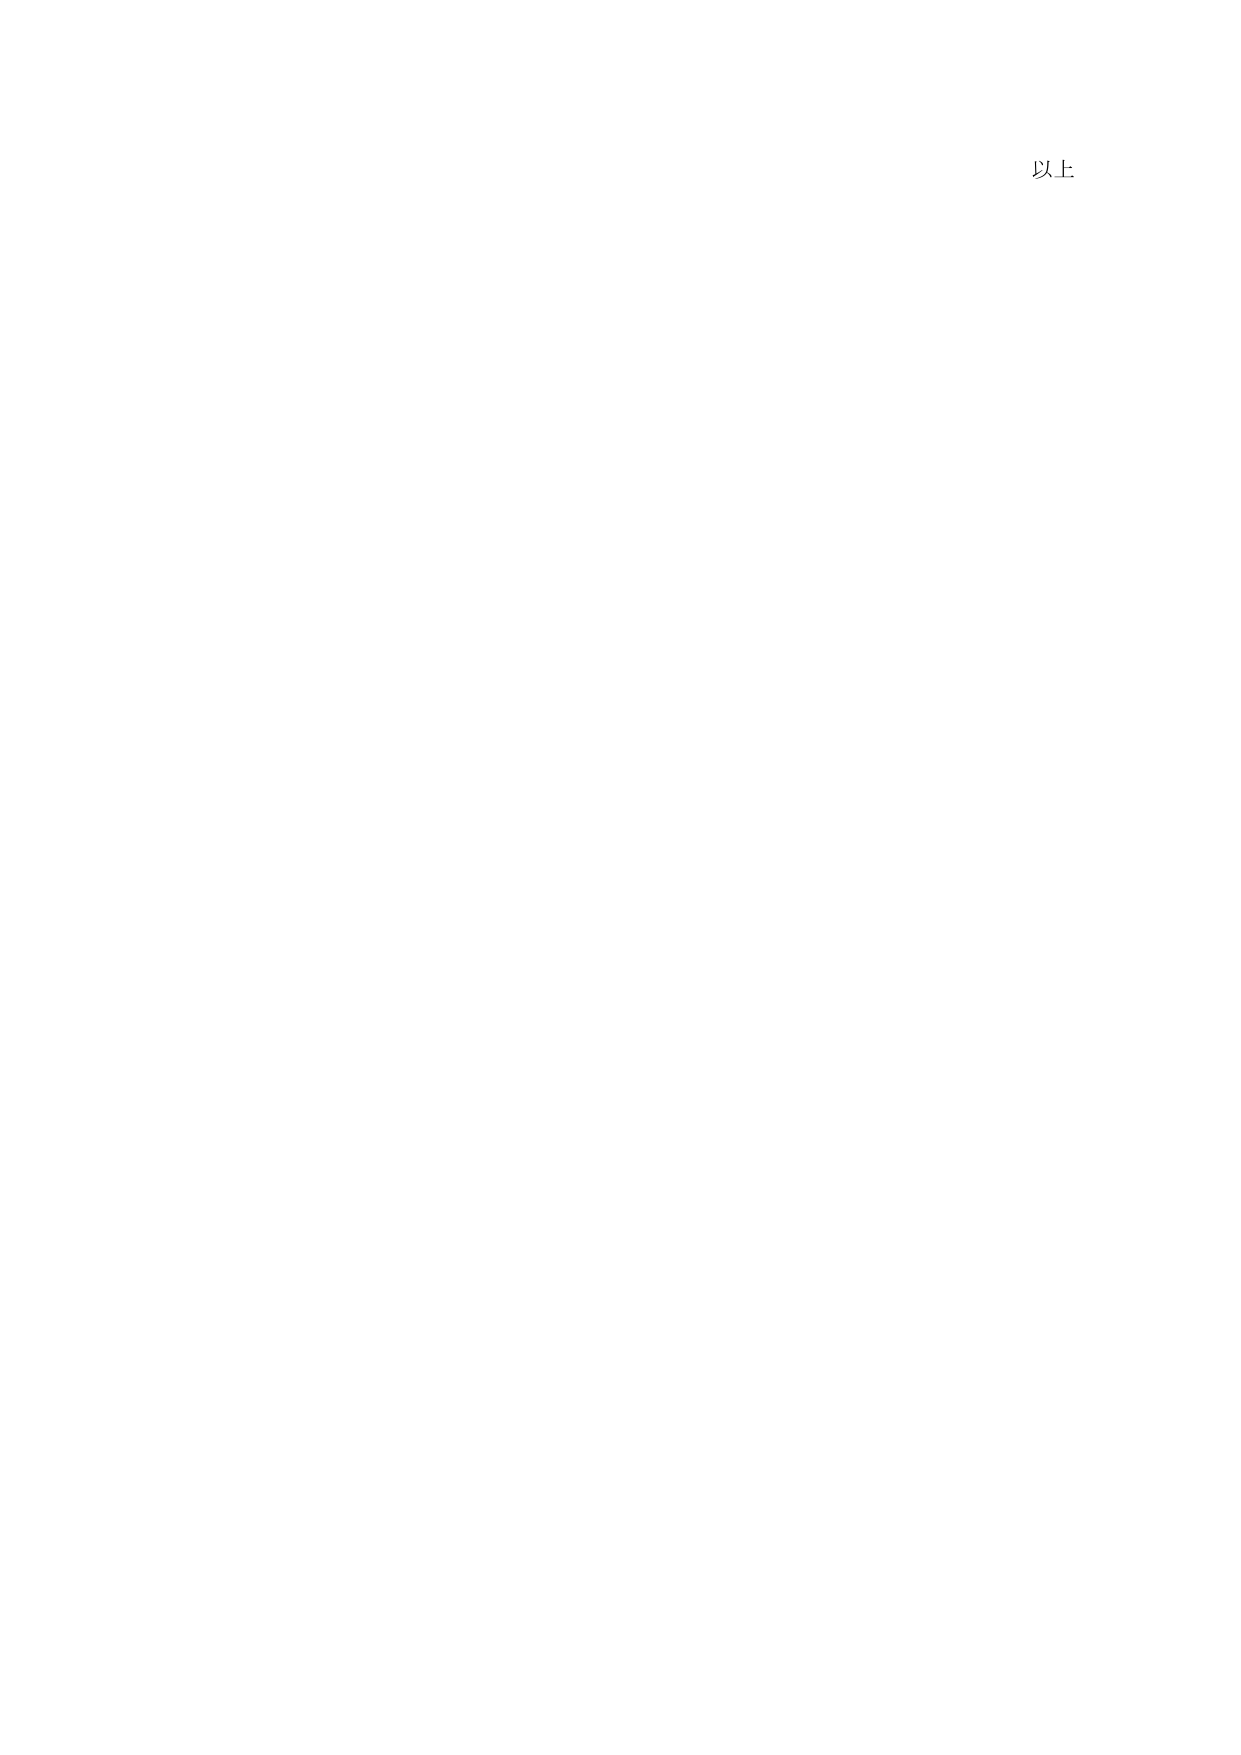
以上